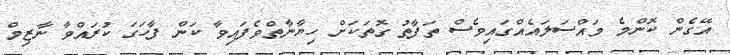
އޭގެން ކޮންމެ މައްސަލައެއްގައިވެސް ތަފާތު ގޮތަކަށް ހިޔާނާތްވެފައިވާ ކަން ފާހަގަ ކުރައްވާ ނާޒިމް